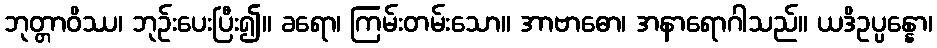
ဘုတ္တာဝိဿ၊ ဘုဉ်းပေးပြီး၍။ ခရော၊ ကြမ်းတမ်းသော။ အာဗာဓော၊ အနာရောဂါသည်။ ယဒိဥပ္ပန္နော၊